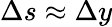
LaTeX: \Delta s\approx\Delta y